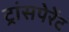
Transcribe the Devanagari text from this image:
ट्रांसपेरेंट